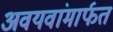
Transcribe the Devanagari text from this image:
अवयवांमार्फत